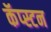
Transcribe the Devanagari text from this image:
कॅप्स्टन